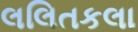
લલિતકલા